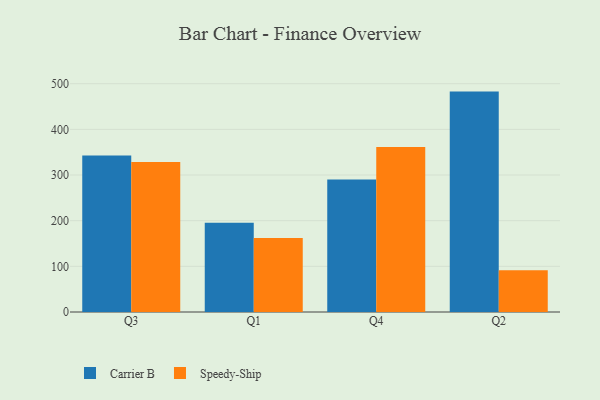
{"axis": {"x": "Quarter", "y": "Demand Index"}, "legend": ["Carrier B", "Speedy-Ship"], "data": [{"x": "Q3", "y": 342.9, "type": "Carrier B"}, {"x": "Q3", "y": 328.5, "type": "Speedy-Ship"}, {"x": "Q1", "y": 195.7, "type": "Carrier B"}, {"x": "Q1", "y": 161.9, "type": "Speedy-Ship"}, {"x": "Q4", "y": 290.2, "type": "Carrier B"}, {"x": "Q4", "y": 361.2, "type": "Speedy-Ship"}, {"x": "Q2", "y": 482.7, "type": "Carrier B"}, {"x": "Q2", "y": 91.4, "type": "Speedy-Ship"}]}